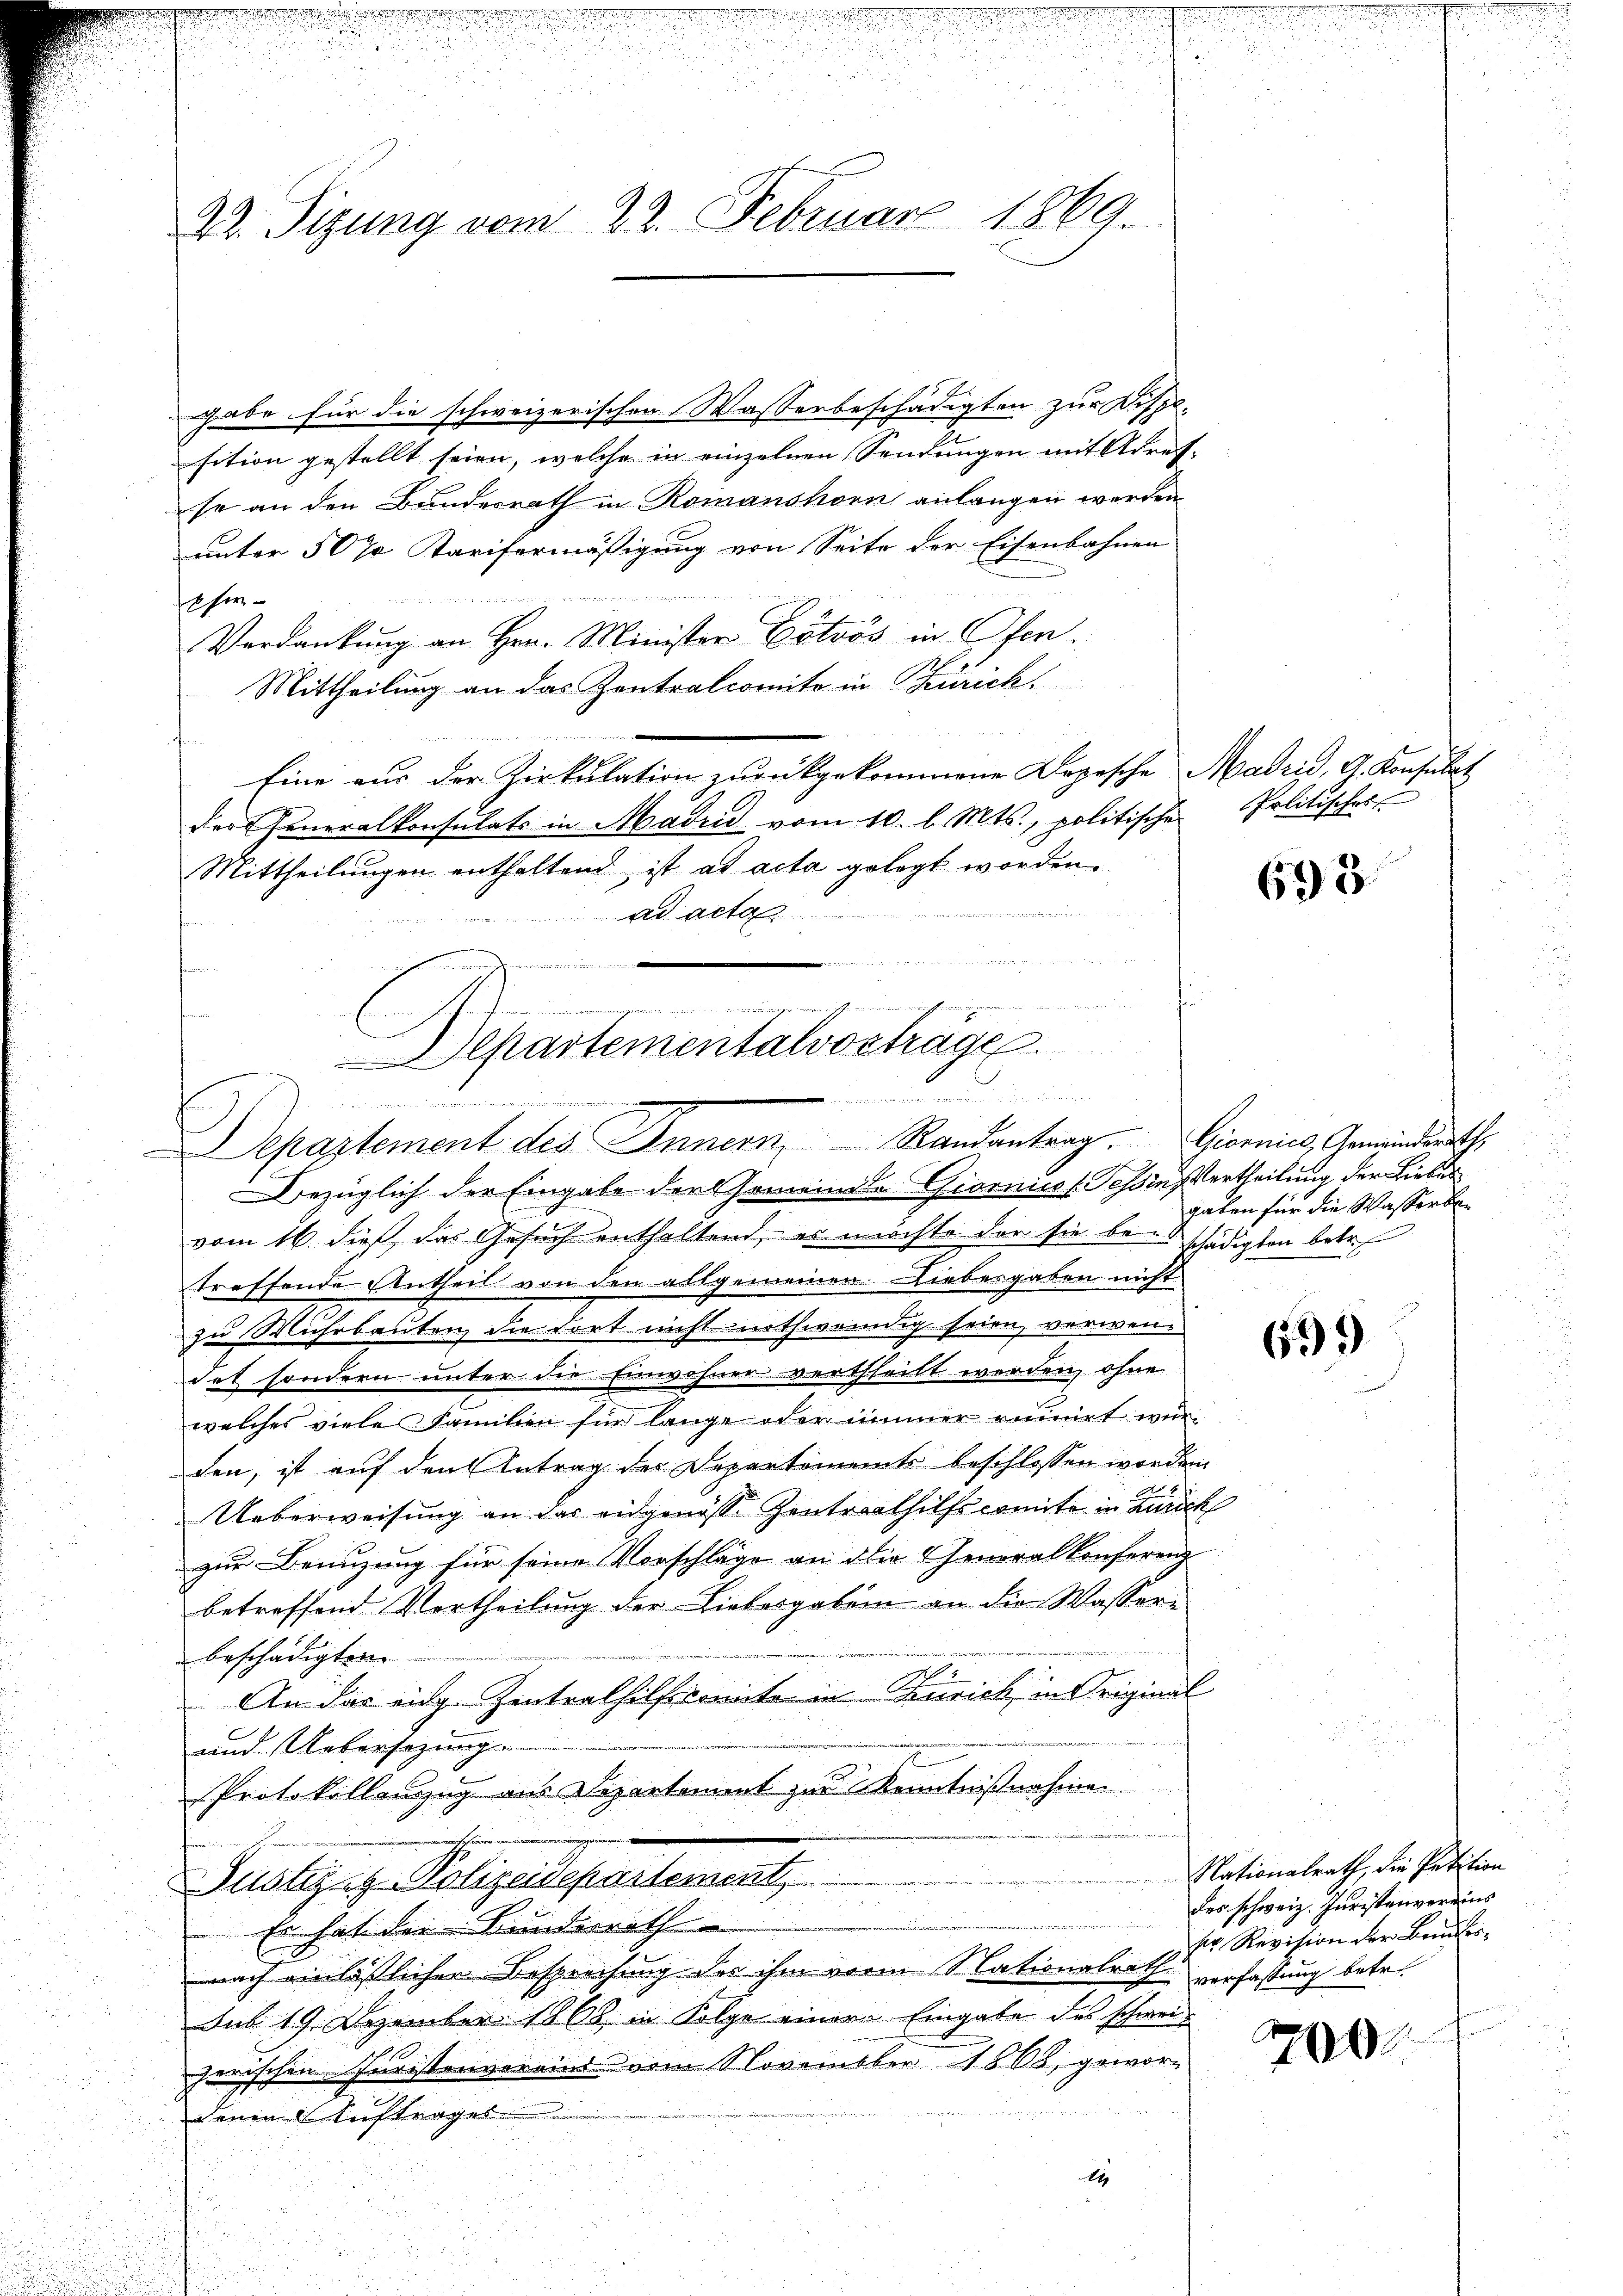
2. Sizung vom 22. Februar 1869.

gabe für die schweizerischen Wasserbeschädigten zur Disp.
sition gestellt seien, welche in einzelnen Sendungen mit Adref-
se an den Bundesrath in Romanshorn anlangen werden
unter 507 Karisermäßigung von Seite der Eisenbahnen

Eher
Verdankung an Hrn. Minister Lötvös in Ofen.
Mittheilung an das Zentralcomite in Zürich.
Eine aus der Zirkulation zŭrückgekommene Depesche Madrid, G. Konsulat
der Generalkonsulats in Madrid vom 10. l. Mts., politischen Politischer
Mittheilungen enthaltend ist ad acta gelegt worden.

ad acta
Bezüglich der Eingabe der Gemeinde Giorniis s. Tessin ertheilung der Liebes
vom 16. dieß das Gesuch enthaltend, es möchte der sie bei schädigten betr.
treffende Antheil von den allgemeinen. Diebesgaben nicht
zu Muhrbauten, die dort nicht nothwendig seien, verwendet sondern unter die Einwohner vertheilt werden, ohne
welches viele Familien für lange oder immer einirt wur-
den, ist auf den Antrag des Departiments beschlossen worden.
Ueberweisung an das eidgenosse Zentracthilfscomite in Zürich
zur Benuzung für seine Vorschläge an die Generalkonferenz
betreffend Vertheilung der Liebesgaben an die Wasserbeschädigten
An das eidg. Zentrathilfsmite in Zürich in Original

und Uebersezung.
Protokollanzug aus Departement zur Kenntnißnahmen
Publizit Polizeidepartement,
Es hat der Bundesrath
nach einlässlicher Besprechung der ihm vorm Nationalrath verfassung betr.
Dub 19. Dezember 1868 in Folge einer Eingabe des schweizerischen Curistenvereins vom November 1868, gewor¬
u
e
denen Auftrages
14

Departementalvortrage
in einen

Departement des Innern Randantrag. Giornies Gemeindsraths

698

gaben für die Wasserben

699

Nationalrath, die Petition
des schweiz. Juristenvereins
ser Revision der Bauder¬

200